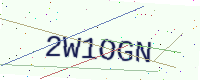
Text: 2W1OGN